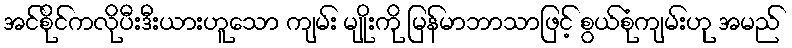
အင်စိုင်ကလိုပီးဒီးယားဟူသော ကျမ်း မျိုးကို မြန်မာဘာသာဖြင့် စွယ်စုံကျမ်းဟု အမည်